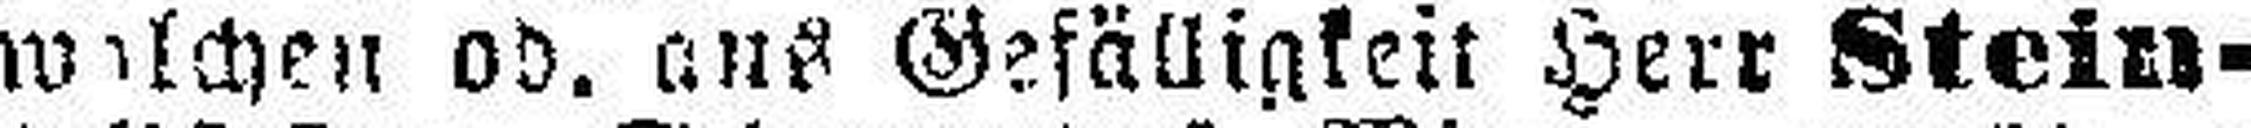
wischen od. aus Gefälligkeit Herr Stein¬